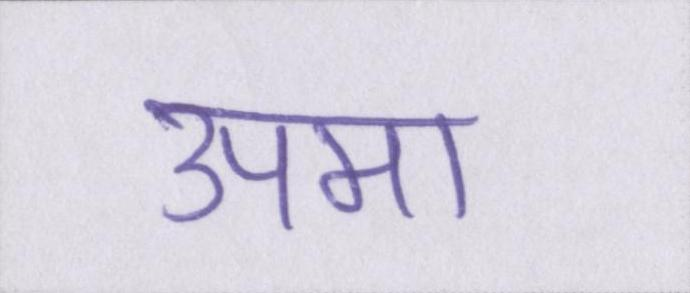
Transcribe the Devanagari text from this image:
उपमा